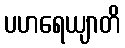
ပဟရေယျာတိ